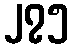
၂၇၅